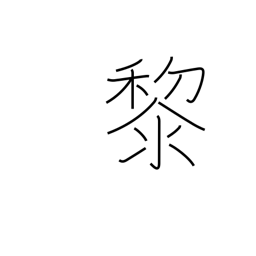
Meaning: dark